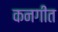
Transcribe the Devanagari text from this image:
कनगीत